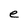
Character: e